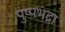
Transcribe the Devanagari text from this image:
पुष्पभद्रा